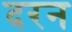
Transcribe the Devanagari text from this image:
दरन